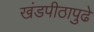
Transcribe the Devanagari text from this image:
खंडपीठापुढे